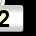
Digit: 2